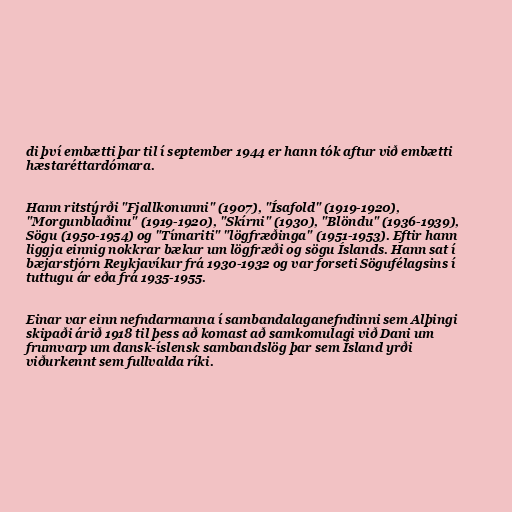
di því embætti þar til í september 1944 er hann tók aftur við embætti
hæstaréttardómara.

Hann ritstýrði "Fjallkonunni" (1907), "Ísafold" (1919-1920),
"Morgunblaðinu" (1919-1920), "Skírni" (1930), "Blöndu" (1936-1939),
Sögu (1950-1954) og "Tímariti" "lögfræðinga" (1951-1953). Eftir hann
liggja einnig nokkrar bækur um lögfræði og sögu Íslands. Hann sat í
bæjarstjórn Reykjavíkur frá 1930-1932 og var forseti Sögufélagsins í
tuttugu ár eða frá 1935-1955.

Einar var einn nefndarmanna í sambandalaganefndinni sem Alþingi
skipaði árið 1918 til þess að komast að samkomulagi við Dani um
frumvarp um dansk-íslensk sambandslög þar sem Ísland yrði
viðurkennt sem fullvalda ríki.